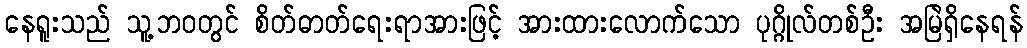
နေရူးသည် သူ့ဘဝတွင် စိတ်ဓာတ်ရေးရာအားဖြင့် အားထားလောက်သော ပုဂ္ဂိုလ်တစ်ဦး အမြဲရှိနေရန်